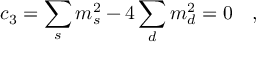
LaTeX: c _ { 3 } = \sum _ { s } m _ { s } ^ { 2 } - 4 \sum _ { d } m _ { d } ^ { 2 } = 0 ~ ~ ~ ,